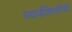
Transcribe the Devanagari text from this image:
स्वयंशिस्तीची